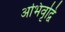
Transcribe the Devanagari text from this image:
अभिवृद्वि